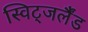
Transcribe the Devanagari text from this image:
स्विट्जर्लैंड